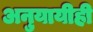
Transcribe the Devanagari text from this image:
अनुयायीही